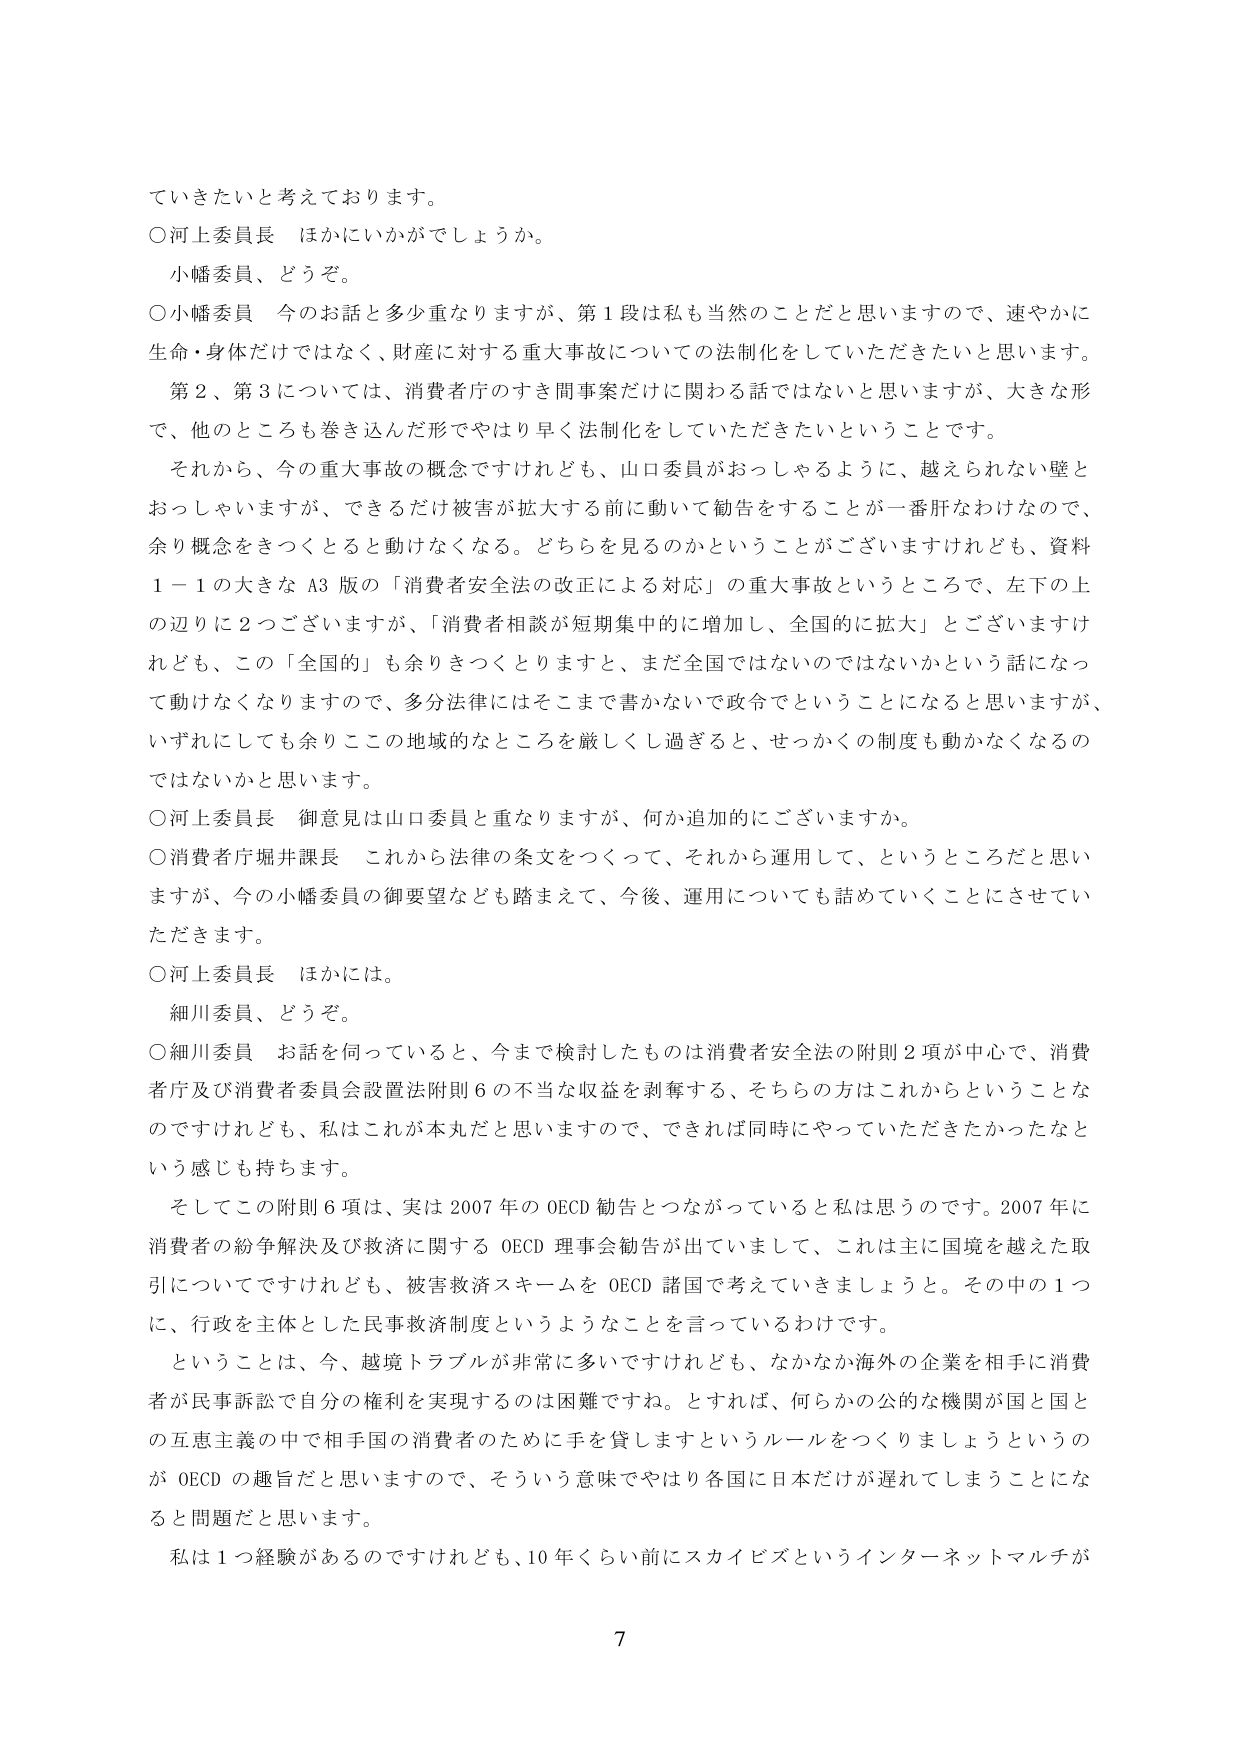
てきたいと考えております。

○河上委員長 ほかにいかがでしょうか。
　小幡委員、どうぞ。

○小幡委員 今のお話と多少重なりますが、第１段は私も当然のことだと思いますので、速やかに
生命・身体だけではなく、財産に対する重大事故についての法制化をしていただきたいと思います。
　第２、第３については、消費者庁のすき間事案だけに関わる話ではないと思いますが、大きな形
で、他のところも巻き込んだ形でやはり早く法制化をしていただきたいということです。
　それから、今の重大事故の概念ですけれども、山口委員がおっしゃるように、越えられない壁と
おっしゃいますが、できるだけ被害が拡大する前に動いて勧告をすることが一番肝なわけなので、
余り概念をきつくとると動けなくなる。どちらを見るのかということがございますけれども、資料
１－１の大きなＡ３版の「消費者安全法の改正による対応」の重大事故というところで、左下の上
の辺りに２つございますが、「消費者相談が短期集中的に増加し、全国的に拡大」とございますけ
れども、この「全国的」も余りきつくとりますと、まだ全国ではないのではないかという話になっ
て動けなくなりますので、多分法律にはそこまで書かないで政令でということになると思いますが、
いずれにしても余りここの地域的なところを厳しくし過ぎると、せっかくの制度も動かなくなるの
ではないかと思います。

○河上委員長 御意見は山口委員と重なりますが、何か追加的にございますか。

○消費者庁堀井課長 これから法律の条文をつくって、それから運用して、というところだと思いますが、今の小幡委員の御要望なども踏まえて、今後、運用についても詰めていくことにさせてい
ただきます。

○河上委員長 ほかには。
　細川委員、どうぞ。

○細川委員 お話を伺っていると、今まで検討したものは消費者安全法の附則２項が中心で、消費
者庁及び消費者委員会設置法附則６の不当な収益を剥奪する、そちらの方はこれからということな
のですけれども、私はこれが本丸だと思いますので、できれば同時にやっていただきたかったなと
いう感じも持ちます。
　そしてこの附則６項は、実は2007年のOECD勧告とつながっていると私は思うのです。2007年に
消費者の紛争解決及び救済に関するOECD理事会勧告が出ていまして、これは主に国境を越えた取
引についてですけれども、被害救済スキームをOECD諸国で考えていきましょうと。その中の１つ
に、行政を主体とした民事救済制度というようなことを言っているわけです。
　ということは、今、越境トラブルが非常に多いですけれども、なかなか海外の企業を相手に消費
者が民事訴訟で自分の権利を実現するのは困難ですね。とすれば、何らかの公的な機関が国と国と
の互恵主義の中で相手国の消費者のために手を貸しますというルールをつくりましょうというの
がOECDの趣旨だと思いますので、そういう意味でやはり各国に日本だけが遅れてしまうことにな
ると問題だと思います。
　私は１つ経験があるのですけれども、10年くらい前にスカイビズというインターネットマルチが

7